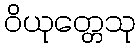
ဝိယုတ္တေသု